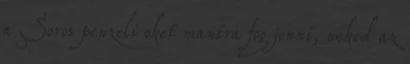
a Soros penzeli oket mantra fog jonni, neked az